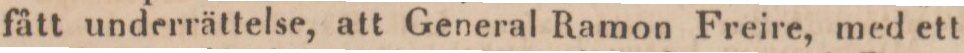
fått underrättelse, att General Ramon Freire, med ett